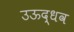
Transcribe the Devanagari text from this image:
उऊद्धव